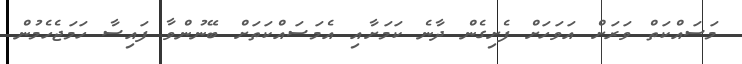
މަސައްކަތް ވަރަށް އަވަހަށް ފެށިގެން ދާނެ ކަމަށާއި އެމަސައްކަތަށް ބޭނުންވާ ފައިސާ ހަމަޖެހެމުން